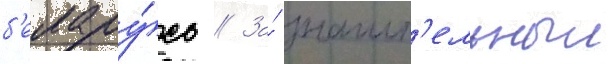
б'елару́сь // За́ значит'ельныи